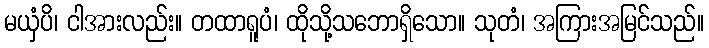
မယှံပိ၊ ငါအားလည်း။ တထာရူပံ၊ ထိုသို့သဘောရှိသော။ သုတံ၊ အကြားအမြင်သည်။